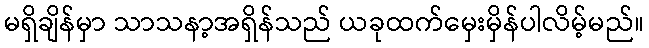
မရှိချိန်မှာ သာသနာ့အရှိန်သည် ယခုထက်မှေးမှိန်ပါလိမ့်မည်။